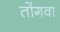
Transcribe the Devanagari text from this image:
तोंगवा